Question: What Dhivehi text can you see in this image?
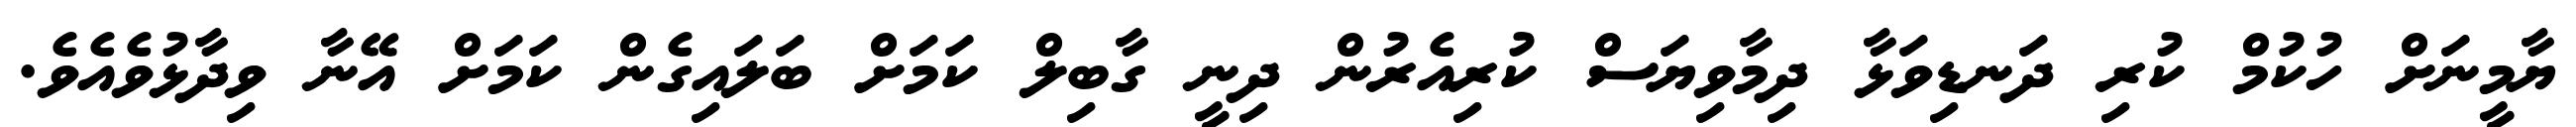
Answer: ޔާމީނަށް ހުކުމް ކުރި ދަނޑިވަޅާ ދިމާވިޔަސް ކުރިއެރުން ދިނީ ގާބިލް ކަމަށް ބަލައިގެން ކަމަށް އޭނާ ވިދާޅުވެއެވެ.